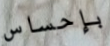
بإحساس